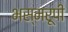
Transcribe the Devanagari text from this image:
भस्मरूपी